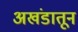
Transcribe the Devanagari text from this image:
अखंडातून